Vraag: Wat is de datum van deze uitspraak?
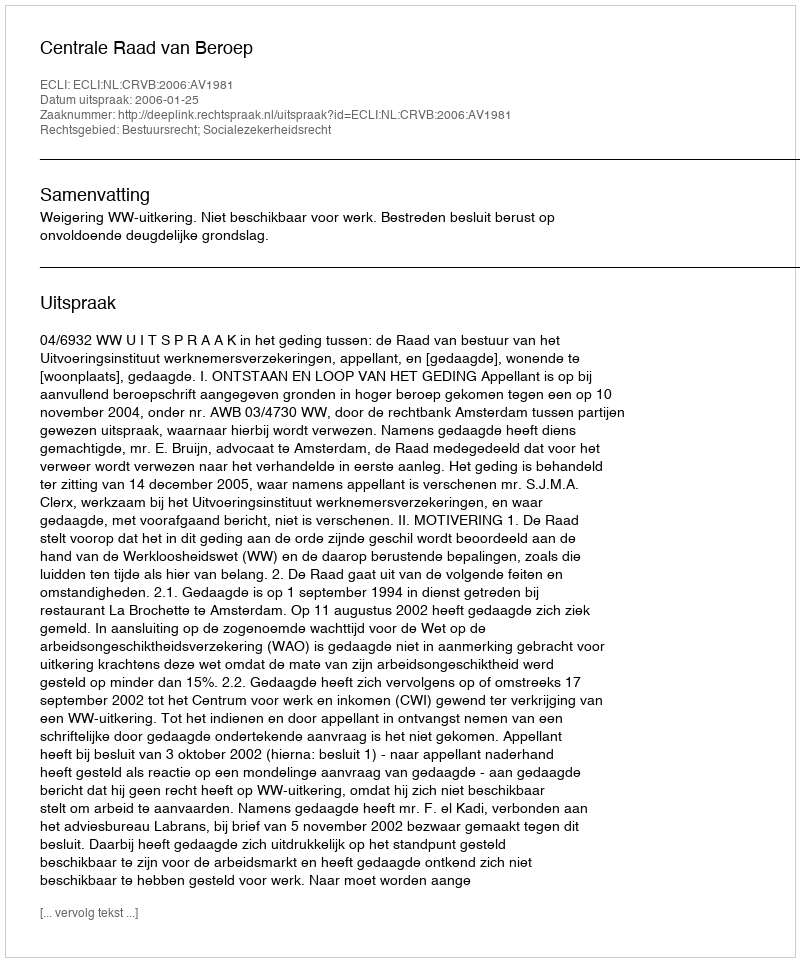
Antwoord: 2006-01-25